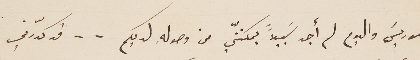
موريسَ واليوم لم أجد سَبيلاً يمكننّي من وصولهِ لديكم . . قد كدّرني